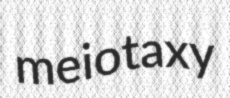
meiotaxy